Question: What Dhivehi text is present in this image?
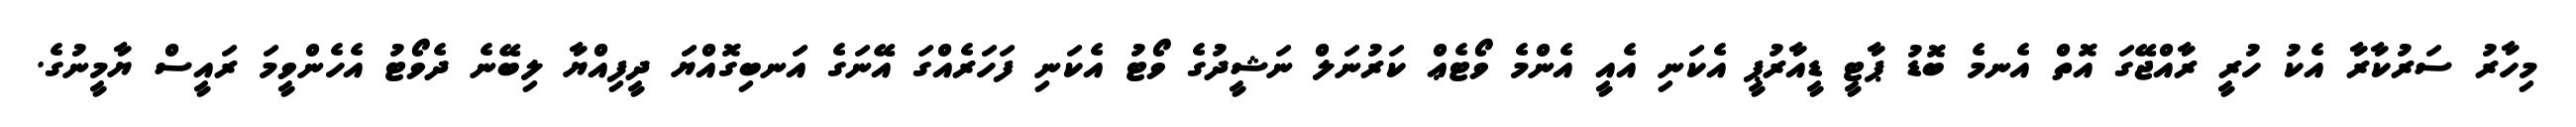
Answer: މިހާރު ސަރުކާރާ އެކު ހުރީ ރާއްޖޭގަ އޮތް އެނމެ ބޮޑު ޕާޓީ ޑީއާރުޕީ އެކަނި އެއީ އެންމެ ވޯޓެޢް ކަރުނަލް ނަޝީދުގެ ވޯޓު އެކަނި ފަހަރެއްގަ އޭނަގެ އަނބިގޮއްޔަ ދީފިއްޔާ ލިބޭނެ ދެވޯޓު އެހެންވީމަ ރައީސް ޔާމީނުގެ.